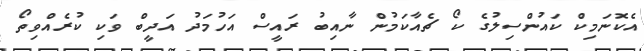
އެކޮނަމިކް ކައުންސިލުގެ ކޯ ޗެއާކަމުން ނާއިބު ރައީސް އަހުމަދު އަދީބް ވަކި ކުރެއްވިތޯ